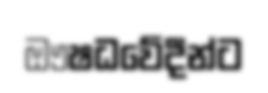
ඖෂධවේදීන්ට